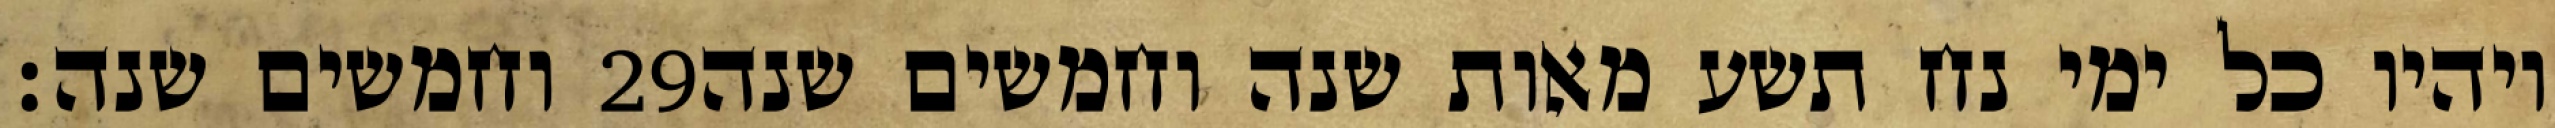
וחמשים שנה׃ ‎29‏ ויהיו כל ימי נח תשע מאות שנה וחמשים שנה